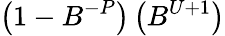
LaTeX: \left(1-B^{-P}\right)\left(B^{U+1}\right)